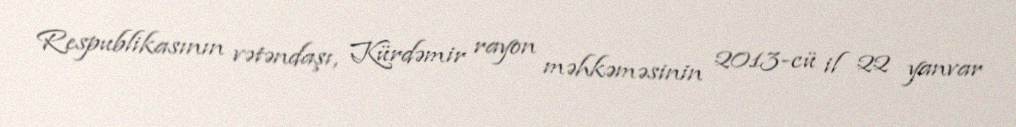
Respublikasının vətəndaşı, Kürdəmir rayon məhkəməsinin 2013-cü il 22 yanvar